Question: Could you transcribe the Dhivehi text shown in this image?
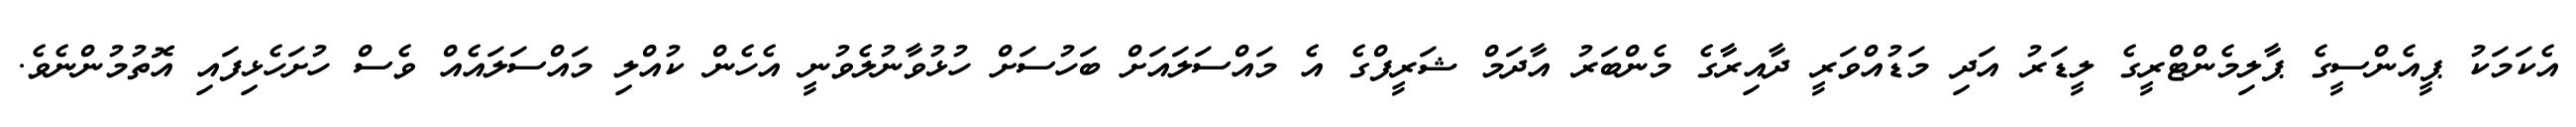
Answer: އެކަމަކު ޕީއެންސީގެ ޕާލިމެންޓްރީގެ ލީޑަރު އަދި މަޑުއްވަރީ ދާއިރާގެ މެންބަރު އާދަމް ޝަރީފްގެ އެ މައްސަލައަށް ބަހުސަށް ހުޅުވާނުލެވުނީ އެހެން ކުއްލި މައްސަލައެއް ވެސް ހުށަހެޅިފައި އޮތުމުންނެވެ.